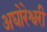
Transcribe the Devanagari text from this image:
अघोरेश्वरी